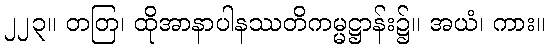
၂၂၃။ တတြ၊ ထိုအာနာပါနဿတိကမ္မဋ္ဌာန်း၌။ အယံ၊ ကား။